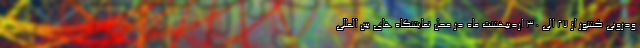
ودرویی کشور از 27 الی 30 اردیبهشت ماه در محل نمایشگاه های بین المللی